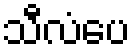
သီလံပေ